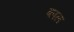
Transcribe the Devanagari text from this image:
ब्लल